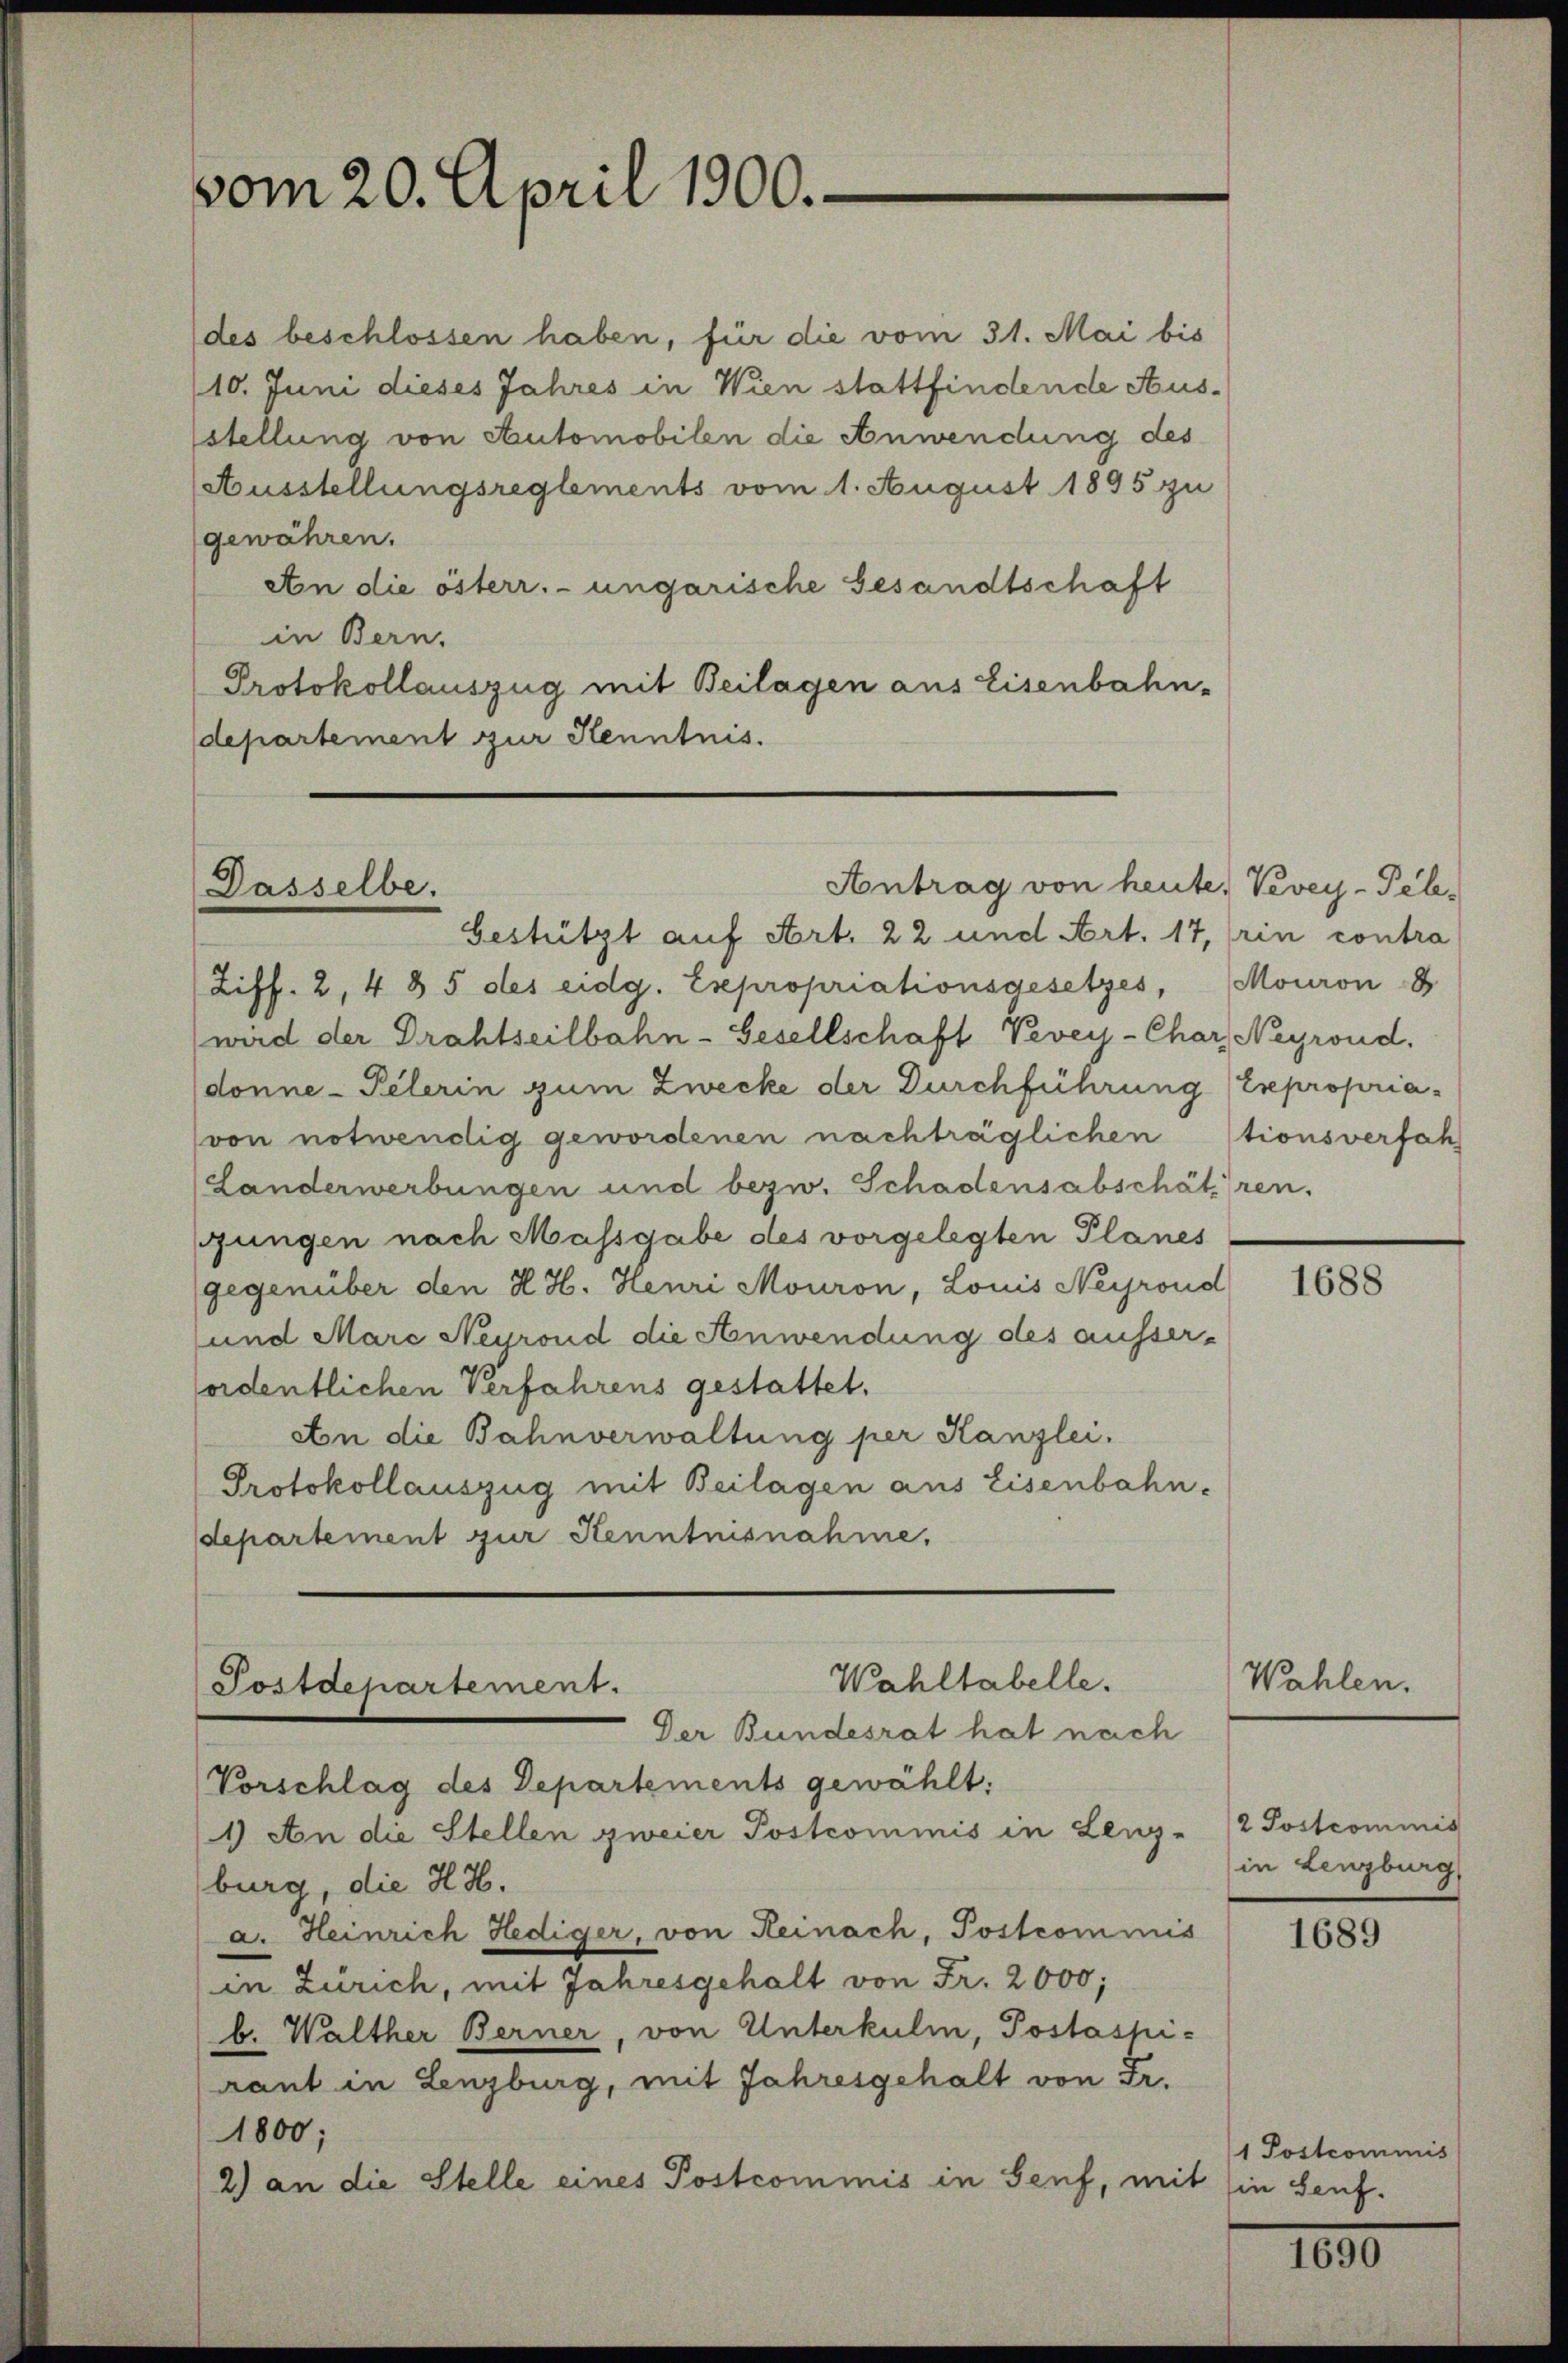
vom 20. April 1900.

des beschlossen haben, für die vom 31. Mai bis
10. Juni dieses Jahres in Wien stattfindende Ausstellung von Automobilen die Anwendung des
Ausstellungsreglements vom 1. August 1895 zu
gewähren.
An die österr.-ungarische Gesandtschaft
in Bern.
Protokollauszug mit Beilagen aus Eisenbahn-
departement zur Kenntnis.

Dasselbe.

Antrag von heute, Vevey-Tele¬

bestützt auf Art. 22 und Art. 17, (rin contra
Ziff. 2, 4 § 5 des eidg. Expropriationsgesetzes, (Mouron 8
(wird der Drahtseilbahn-Gesellschaft Vevey-Char, Negrond.
donne-Pelerin zum Zwecke der Durchführung (Expropria¬
(von notwendig gewordenen nachträglichentionsverfah
(Landerwerbungen und bezw. Schadensabschätzen.
jungen nach Massgabe des vorgelegten Planes
gegenüber den H. H. Henri Mouron, Louis Negrond
und Marc Negrond die Anwendung des ausser-
fordentlichen Verfahrens gestattet.
An die Bahnverwaltung per Kanzlei.
Protokollauszug mit Beilagen aus Eisenbahn-
departement zur Kenntnisnahme,

Wahltabelle.
(Postdepartement.

Der Bundesrat hat nach
Vorschlag des Departements gewählt:
1) An die Stellen zweier Postcommis in Lenz-
burg, die H. H.
a. Heinrich Hediger, von Reinach, Postcommis
in Zürich, mit Jahresgehalt von Fr. 2000;
b. Walther Berner, von Unterkuli, Postashirant in Lenzburg, mit Jahresgehalt von Fr.
1800;
2) an die Stelle eines Postcommis in Senf, mit in Seuf¬

1688

Wahlen.

2 Postcommis
in Lenzburg

1689

1 Postcommis

1030